Lunatic asylums Madras 1877-1891 - 1877-1891
Year: 1877
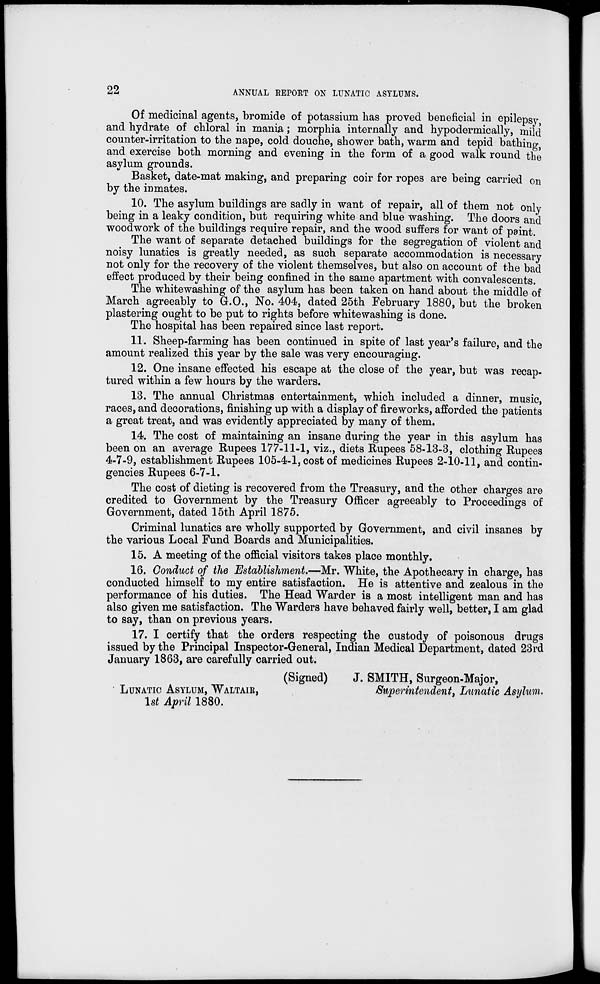
22
ANNUAL REPORT ON LUNATIC ASYLUMS.
Of medicinal agents, bromide of potassium has proved beneficial in epilepsy,
and hydrate of chloral in mania; morphia internally and hypodermically, mild
counter-irritation to the nape, cold douche, shower bath, warm and tepid bathing,
and exercise both morning and evening in the form of a good walk round the
asylum grounds.
Basket, date-mat making, and preparing coir for ropes are being carried on
by the inmates.
10. The asylum buildings are sadly in want of repair, all of them not only
being in a leaky condition, but requiring white and blue washing. The doors and
woodwork of the buildings require repair, and the wood suffers for want of paint.
The want of separate detached buildings for the segregation of violent and
noisy lunatics is greatly needed, as such separate accommodation is necessary
not only for the recovery of the violent themselves, but also on account of the bad
effect produced by their being confined in the same apartment with convalescents.
The whitewashing of the asylum has been taken on hand about the middle of
March agreeably to G.O., No. 404, dated 25th February 1880, but the broken
plastering ought to be put to rights before whitewashing is done.
The hospital has been repaired since last report.
11. Sheep-farming has been continued in spite of last year's failure, and the
amount realized this year by the sale was very encouraging.
12. One insane effected his escape at the close of the year, but was recap-
tured within a few hours by the warders.
13. The annual Christmas entertainment, which included a dinner, music,
races, and decorations, finishing up with a display of fireworks, afforded the patients
a great treat, and was evidently appreciated by many of them.
14. The cost of maintaining an insane during the year in this asylum has
been on an average Rupees 177-11-1, viz., diets Rupees 58-13-3, clothing Rupees
4-7-9, establishment Rupees 105-4-1, cost of medicines Rupees 2-10-11, and contin-
gencies Rupees 6-7-1.
The cost of dieting is recovered from the Treasury, and the other charges are
credited to Government by the Treasury Officer agreeably to Proceedings of
Government, dated 15th April 1875.
Criminal lunatics are wholly supported by Government, and civil insanes by
the various Local Fund Boards and Municipalities.
15. A meeting of the official visitors takes place monthly,
16. Conduct of the Establishment.— Mr. White, the Apothecary in charge, has
conducted himself to my entire satisfaction. He is attentive and zealous in the
performance of his duties. The Head Warder is a most intelligent man and has
also given me satisfaction. The Warders have behaved fairly well, better, I am glad
to say, than on previous years.
17. I certify that the orders respecting the custody of poisonous drugs
issued by the Principal Inspector-General, Indian Medical Department, dated 23rd
January 1863, are carefully carried out.
(Signed)
J. SMITH, Surgeon-Major,
LUNATIC ASYLUM, WALTAIR,
Superintendent, Lunatic Asylum.
1st April 1880.